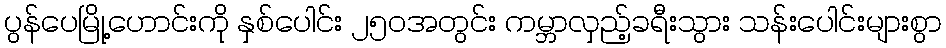
ပွန်ပေမြို့ဟောင်းကို နှစ်ပေါင်း ၂၅၀အတွင်း ကမ္ဘာလှည့်ခရီးသွား သန်းပေါင်းများစွာ